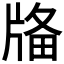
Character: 𤗌